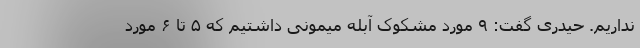
نداریم. حیدری گفت: ۹ مورد مشکوک آبله میمونی داشتیم که ۵ تا ۶ مورد